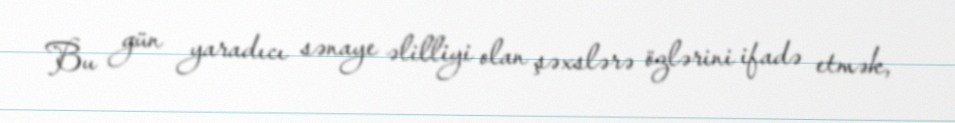
Bu gün yaradıcı sənaye əlilliyi olan şəxslərə özlərini ifadə etmək,